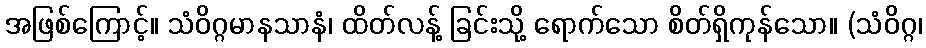
အဖြစ်ကြောင့်။ သံဝိဂ္ဂမာနသာနံ၊ ထိတ်လန့် ခြင်းသို့ ရောက်သော စိတ်ရှိကုန်သော။ (သံဝိဂ္ဂ၊